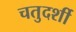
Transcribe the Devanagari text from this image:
चतुदर्शी